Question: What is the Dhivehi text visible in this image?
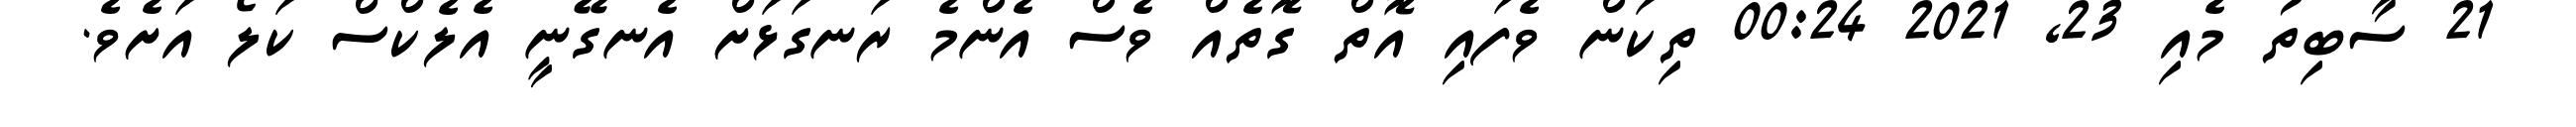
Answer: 21 ސާބިތު މެއި 23, 2021 00:24 ތިކަން ވެފައި އޮތް ގޮތެއް ވެސް އެންމެ ރަނގަޅަށް އެނގޭނީ އެލެކްސް ކަލޯ އަށެވެ.